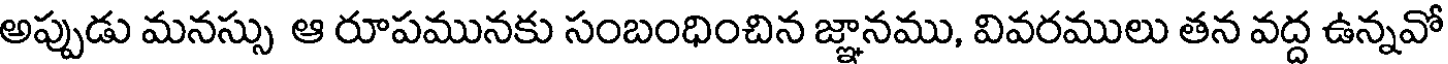
అప్పుడు మనస్సు ఆ రూపమునకు సంబంధించిన జ్ఞానము, వివరములు తన వద్ద ఉన్నవో